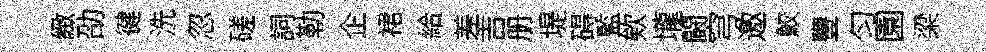
緻劭徤洗忽磋詞勒企裙給差吉册堤碍監欸壠闘穹邀鮫豐匀園梁